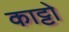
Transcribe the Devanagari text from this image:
काट्टो